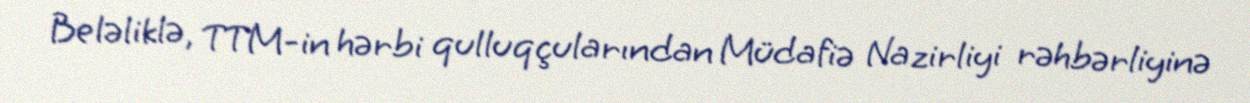
Beləliklə, TTM-in hərbi qulluqçularından Müdafiə Nazirliyi rəhbərliyinə